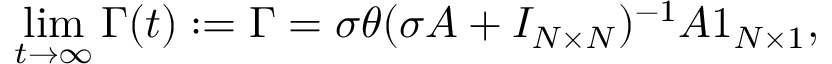
\operatorname* { l i m } _ { t \to \infty } \boldsymbol { \Gamma } ( t ) : = \boldsymbol { \Gamma } = \sigma \theta ( \sigma A + I _ { N \times N } ) ^ { - 1 } A \boldsymbol { 1 } _ { N \times 1 } ,